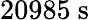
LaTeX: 20985\ \mathrm{s}